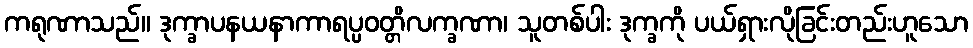
ကရုဏာသည်။ ဒုက္ခာပနယနာကာရပ္ပဝတ္တိလက္ခဏာ၊ သူတစ်ပါး ဒုက္ခကို ပယ်ရှားလိုခြင်းတည်းဟူသော